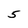
Character: 5